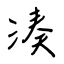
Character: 湊